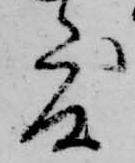
度